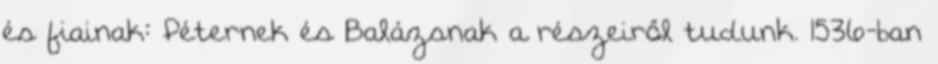
és fiainak: Péternek és Balázsnak a részeiről tudunk. 1536-ban